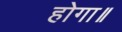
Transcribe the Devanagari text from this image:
होगा॥